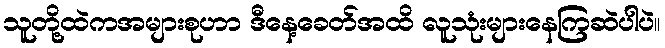
သူတို့ထဲကအများစုဟာ ဒီနေ့ခေတ်အထိ လူသုံးများနေကြဆဲပါပဲ။